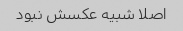
اصلا شبیه عکسش نبود